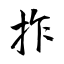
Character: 拃